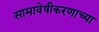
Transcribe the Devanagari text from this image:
सामावेषीकरणाच्या